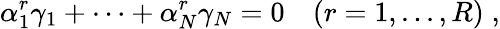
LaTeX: \alpha_{1}^{r}\gamma_{1}+\dots+\alpha_{N}^{r}\gamma_{N}=0\quad(r=1,...,R)\; ,